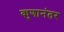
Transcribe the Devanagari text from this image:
कुणानंतर